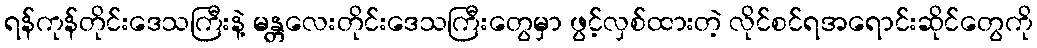
ရန်ကုန်တိုင်းဒေသကြီးနဲ့ မန္တလေးတိုင်းဒေသကြီးတွေမှာ ဖွင့်လှစ်ထားတဲ့ လိုင်စင်ရအရောင်းဆိုင်တွေကို